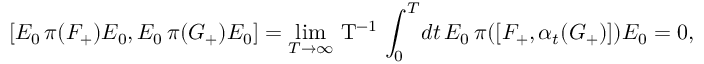
[ E _ { 0 } \, \pi ( { F } _ { + } ) E _ { 0 } , E _ { 0 } \, \pi ( { G } _ { + } ) E _ { 0 } ] = \operatorname * { l i m } _ { T \rightarrow \infty } \! \mathrm { ~ T ^ { - 1 } ~ } \! \int _ { 0 } ^ { T } \! d t \, E _ { 0 } \, \pi ( [ { F } _ { + } , \alpha _ { t } ( G _ { + } ) ] ) E _ { 0 } = 0 ,